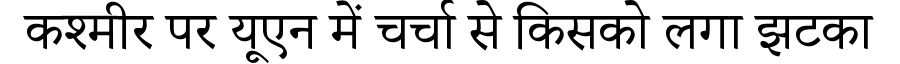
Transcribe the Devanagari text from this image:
कश्मीर पर यूएन में चर्चा से किसको लगा झटका